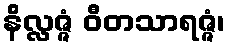
နိလ္လဇ္ဇံ ဝီတသာရဇ္ဇံ၊